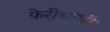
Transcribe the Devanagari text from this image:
फेरीच्याही